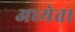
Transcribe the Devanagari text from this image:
अध्‍येता